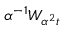
\alpha ^ { - 1 } W _ { \alpha ^ { 2 } t }